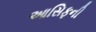
આસિફની